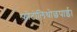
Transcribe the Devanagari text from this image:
फ़ोटोलिथोछपाई।